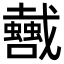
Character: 𢨣